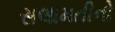
સલામતીનો